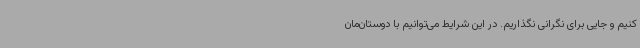
کنیم و جایی برای نگرانی نگذاریم. در این شرایط می‌توانیم با دوستان‌مان